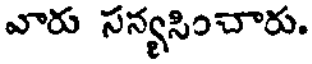
వారు సన్యసించారు.